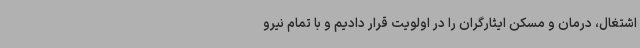
اشتغال، درمان و مسکن ایثارگران را در اولویت قرار دادیم و با تمام نیرو